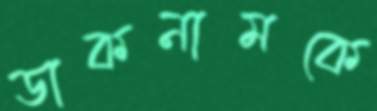
ডাকনামকে